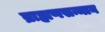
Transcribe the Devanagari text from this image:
ब्राह्मणसन्मान